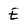
Character: E